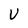
Character: V